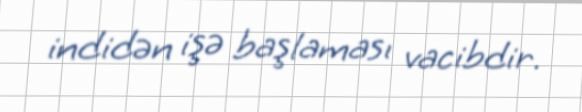
indidən işə başlaması vacibdir.